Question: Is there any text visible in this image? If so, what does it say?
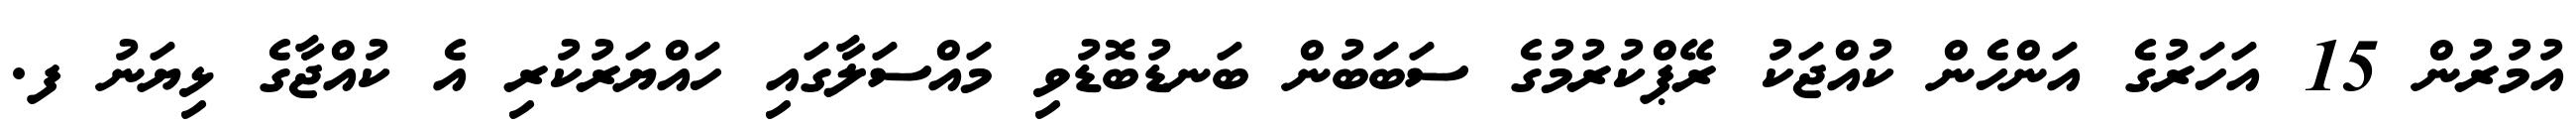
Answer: އުމުރުން 15 އަހަރުގެ އަންހެން ކުއްޖަކު ރޭޕްކުރުމުގެ ސަބަބުން ބަނޑުބޮޑުވި މައްސަލާގައި ހައްޔަރުކުރި އެ ކުއްޖާގެ ޅިޔަނު ފ.